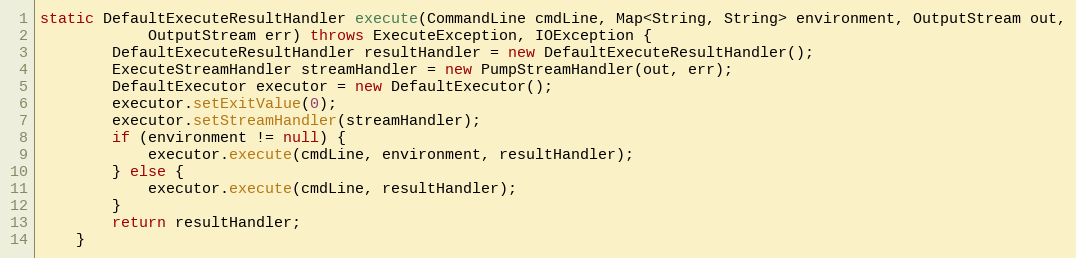
Language: Java
static DefaultExecuteResultHandler execute(CommandLine cmdLine, Map<String, String> environment, OutputStream out,
            OutputStream err) throws ExecuteException, IOException {
        DefaultExecuteResultHandler resultHandler = new DefaultExecuteResultHandler();
        ExecuteStreamHandler streamHandler = new PumpStreamHandler(out, err);
        DefaultExecutor executor = new DefaultExecutor();
        executor.setExitValue(0);
        executor.setStreamHandler(streamHandler);
        if (environment != null) {
            executor.execute(cmdLine, environment, resultHandler);
        } else {
            executor.execute(cmdLine, resultHandler);
        }
        return resultHandler;
    }